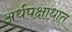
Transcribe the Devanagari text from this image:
अर्धपक्षाधात